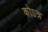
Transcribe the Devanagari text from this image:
कोऽत्र